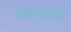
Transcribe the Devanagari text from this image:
राजपुत्रांना